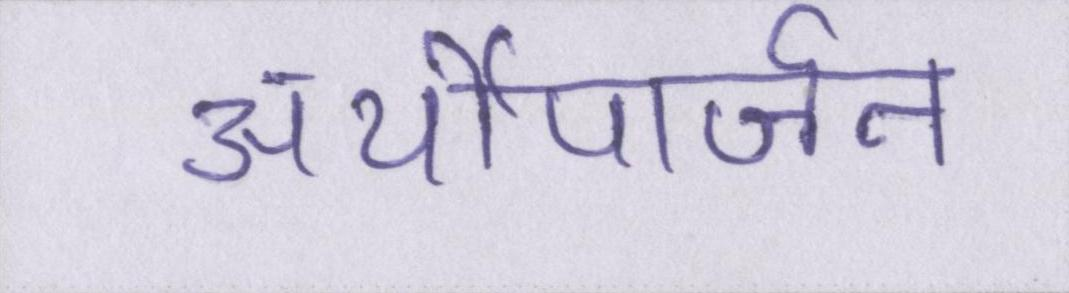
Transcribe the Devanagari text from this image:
अर्थोपार्जन